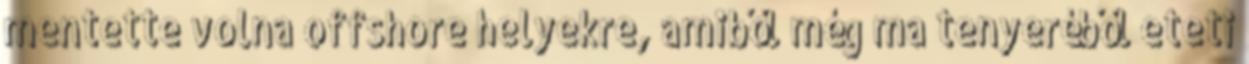
mentette volna offshore helyekre, amiből még ma tenyeréből eteti